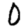
Digit: 0